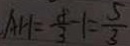
A H = \frac { 8 } { 3 } - 1 = \frac { 5 } { 3 }